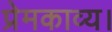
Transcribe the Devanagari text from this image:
प्रेमकाव्य।